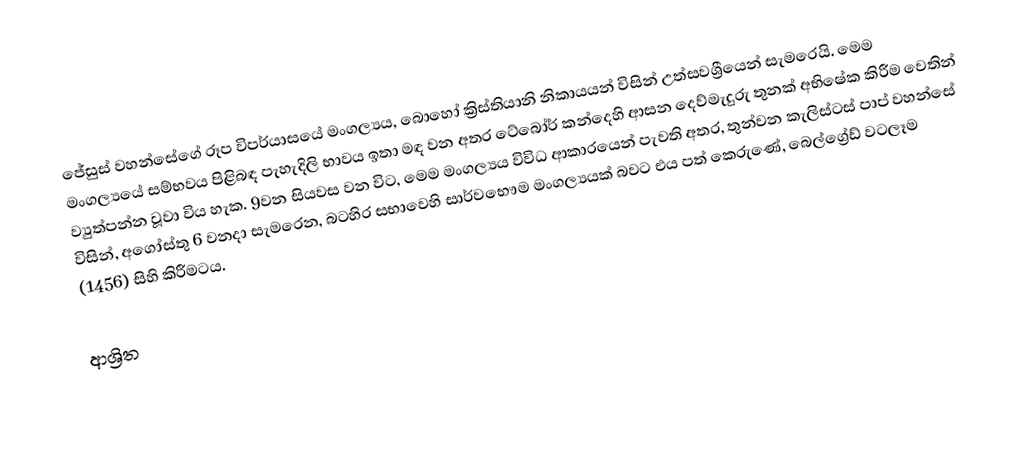
ජේසුස් වහන්සේගේ රූප විපර්යාසයේ මංගල්‍යය, බොහෝ ක්‍රිස්තියානි  නිකායයන් විසින් උත්සවශ්‍රීයෙන් සැමරෙයි. මෙම මංගල්‍යයේ සම්භවය පිළිබඳ පැහැදිලි භාවය ඉතා මඳ වන අතර  ටේබෝර් කන්දෙහි ආසන දෙව්මැදුරු තුනක් අභිෂේක කිරීම වෙතින් ව්‍යුත්පන්න වූවා විය හැක.  9වන සියවස වන විට, මෙම මංගල්‍යය විවිධ ආකාරයෙන් පැවති අතර, තුන්වන කැලිස්ටස් පාප් වහන්සේ විසින්, අගෝස්තු 6 වනදා සැමරෙන,  බටහිර සභාවෙහි සාර්වභෞම මංගල්‍යයක් බවට එය පත් කෙරුණේ, බෙල්ග්‍රේඩ් වටලෑම (1456) සිහි කිරීමටය.

ආශ්‍රිත